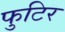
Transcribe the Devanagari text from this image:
फुटिर